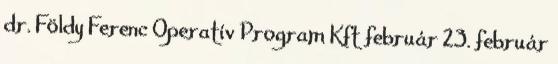
dr. Földy Ferenc Operatív Program Kft február 23. február